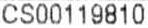
CS00119810